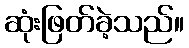
ဆုံးဖြတ်ခဲ့သည်။